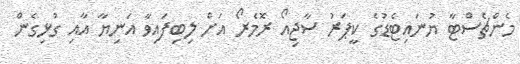
މެންޗެސްޓާ ޔުނައިޓެޑުގެ ކީޕަރު ސާޖިއޯ ރޮމެރޯ އަށް ލިބިފައިވާ އަނިޔާ އާއި ގުޅިގެން